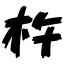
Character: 杵